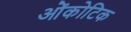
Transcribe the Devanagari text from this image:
ओंकोटिक